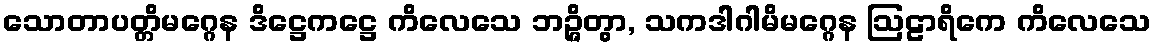
သောတာပတ္တိမဂ္ဂေန ဒိဋ္ဌေကဋ္ဌေ ကိလေသေ ဘဉ္ဇိတွာ, သကဒါဂါမိမဂ္ဂေန ဩဠာရိကေ ကိလေသေ